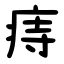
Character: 痔